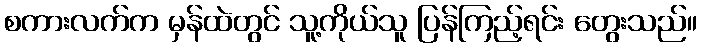
စကားလက်က မှန်ထဲတွင် သူ့ကိုယ်သူ ပြန်ကြည့်ရင်း တွေးသည်။